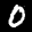
Label: 0